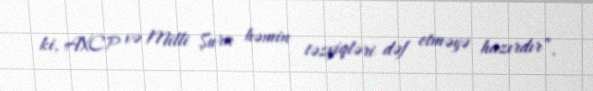
ki, AXCP və Milli Şura həmin təzyiqləri dəf etməyə hazırdır”.